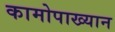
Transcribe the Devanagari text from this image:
कामोपाख्यान